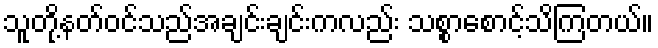
သူတို့နတ်ဝင်သည်အချင်းချင်းကလည်း သစ္စာစောင့်သိကြတယ်။